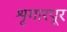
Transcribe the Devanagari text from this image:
शृगारपूर